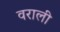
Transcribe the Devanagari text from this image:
वराली